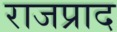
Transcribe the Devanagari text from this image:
राजप्राद